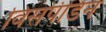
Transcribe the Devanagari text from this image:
विसंपीडन